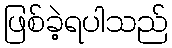
ဖြစ်ခဲ့ရပါသည်